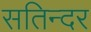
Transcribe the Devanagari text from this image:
सतिन्दर